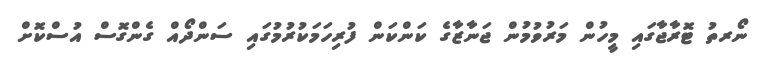
ނޯރތު ޓޮރާޖާގައި މީހުން މަރުވުމުން ޖަނާޒާގެ ކަންކަން ފުރިހަމަކުރުމުގައި ސަންދޯއް ގެންގޮސް އުސްކޮށް